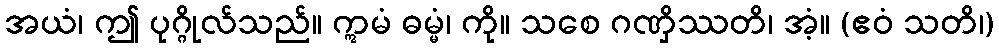
အယံ၊ ဤ ပုဂ္ဂိုလ်သည်။ ဣမံ ဓမ္မံ၊ ကို။ သစေ ဂဏှိဿတိ၊ အံ့။ (ဧဝံ သတိ၊)